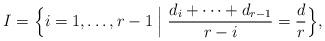
LaTeX: \begin{align*} I = \Bigl\{ i = 1, \dotsc, r-1 \Bigm| \frac{d_i + \cdots + d_{r-1}}{r-i} = \frac{d}{r} \Bigr\}, \end{align*}